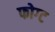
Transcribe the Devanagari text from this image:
फोग्ट